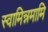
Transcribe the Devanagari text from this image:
स्वामिन्नमामि